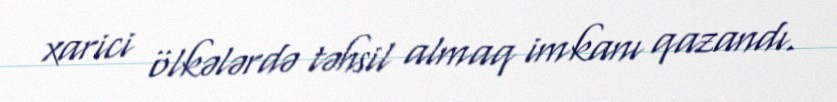
xarici ölkələrdə təhsil almaq imkanı qazandı.